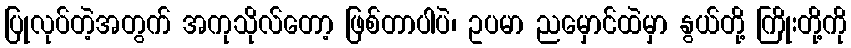
ပြုလုပ်တဲ့အတွက် အကုသိုလ်တော့ ဖြစ်တာပါပဲ၊ ဥပမာ ညမှောင်ထဲမှာ နွယ်တို့ ကြိုးတို့ကို